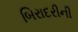
બિરાદરીની